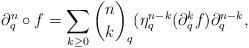
LaTeX: \begin{align*}\partial_{q}^{n}\circ f=\sum_{{k \ge 0}}{n\choose k}_{q}(\eta_{q}^{n-k}(\partial_{q}^{k}f)\partial_{q}^{n-k},\end{align*}